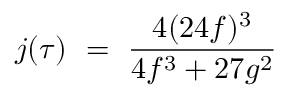
j ( \tau ) ~ = ~ { \frac { 4 ( 2 4 f ) ^ { 3 } } { 4 f ^ { 3 } + 2 7 g ^ { 2 } } }